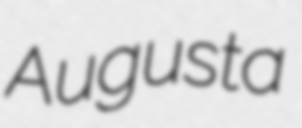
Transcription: Augusta